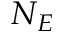
N _ { E }